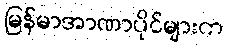
မြန်မာအာဏာပိုင်များက